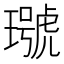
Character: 𤩭